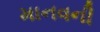
માનવની